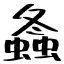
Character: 螽